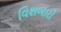
વિશબારો